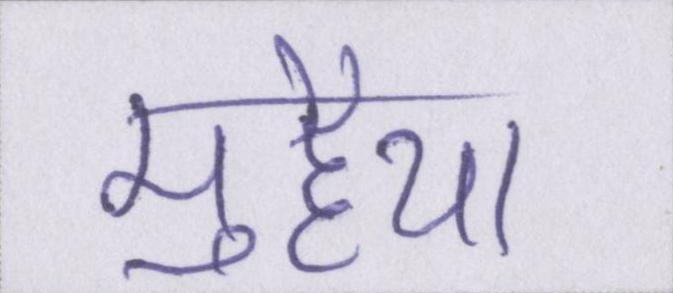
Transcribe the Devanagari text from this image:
मुहैया